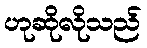
ဟုဆိုလိုသည်